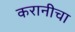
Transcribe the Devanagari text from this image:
करानीचा